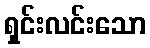
ရှင်းလင်းသော